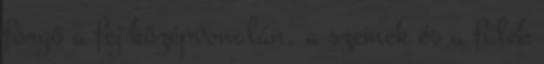
forgó a fej középvonalán, a szemek és a fülek